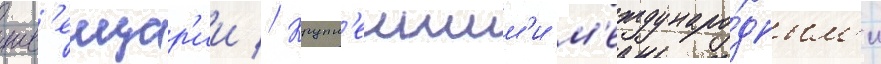
шв'еицар'ии // Крупн'еишим'и м'еждунаро́дным'и